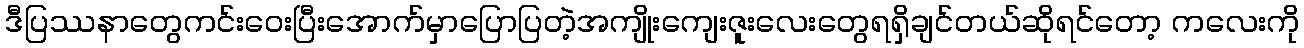
ဒီပြဿနာတွေကင်းဝေးပြီးအောက်မှာပြောပြတဲ့အကျိုးကျေးဇူးလေးတွေရရှိချင်တယ်ဆိုရင်တော့ ကလေးကို